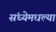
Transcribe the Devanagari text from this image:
संध्येमधल्या